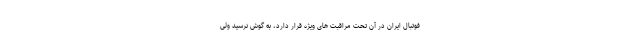
فوتبال ایران در آن تحت مراقبت های ویژه قرار دارد، به گوش نرسید ولی